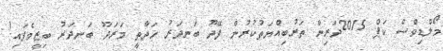
މޯލްޑިވްސް ކަޕް 2015ދަރިން ތަރުބިއްޔަތުކުރުން ފޭދޫ ބަނދަރު ހަދާތީ މަރަދޫ ބަނދަރު ބިޒީވެފައި!